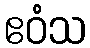
ဧဝံသ